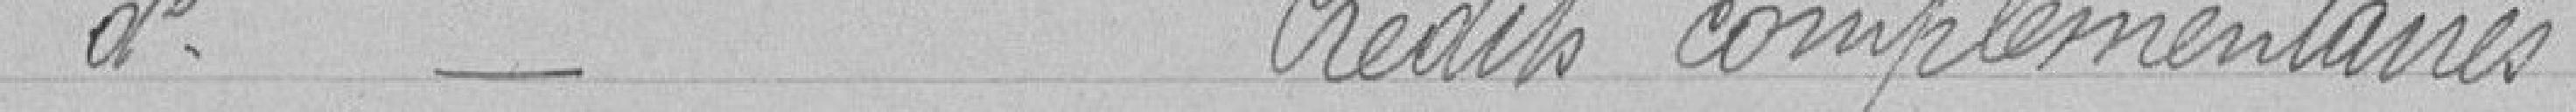
Bureau de Bienfaisance    Crédits supplémentaires